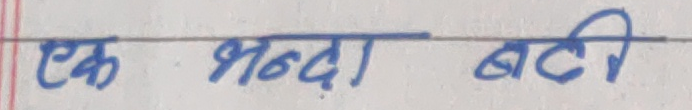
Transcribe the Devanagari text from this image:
एक भन्दा बढी